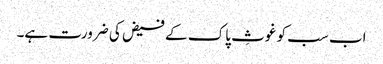
اب سب کو غوثِ پاک کے فیض کی ضرورت ہے۔